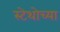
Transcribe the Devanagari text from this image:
स्टेथोच्या